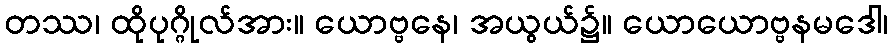
တဿ၊ ထိုပုဂ္ဂိုလ်အား။ ယောဗ္ဗနေ၊ အယွယ်၌။ ယောယောဗ္ဗနမဒေါ၊